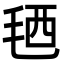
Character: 毢